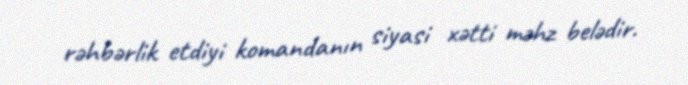
rəhbərlik etdiyi komandanın siyasi xətti məhz belədir.